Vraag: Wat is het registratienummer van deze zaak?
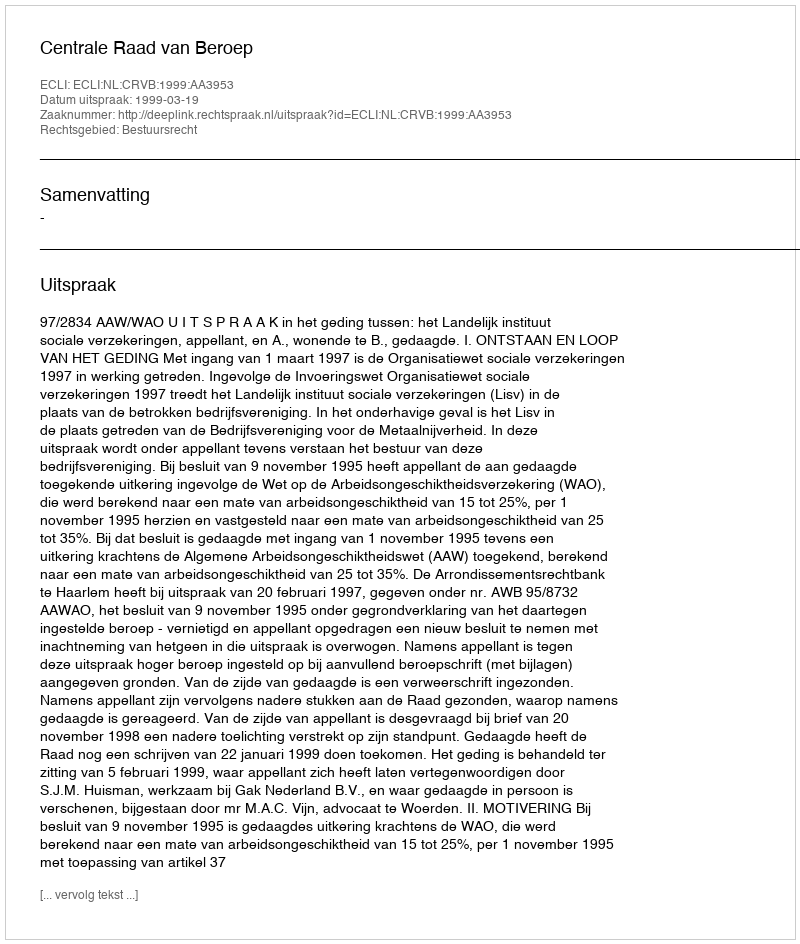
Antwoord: http://deeplink.rechtspraak.nl/uitspraak?id=ECLI:NL:CRVB:1999:AA3953